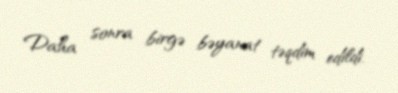
Daha sonra birgə bəyanat təqdim edildi.